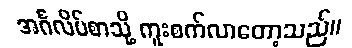
အင်္ဂလိပ်စာသို့ ကူးစက်လာတော့သည်။